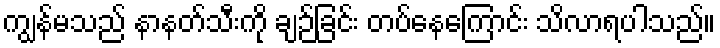
ကျွန်မသည် နာနတ်သီးကို ချဉ်ခြင်း တပ်နေကြောင်း သိလာရပါသည်။